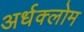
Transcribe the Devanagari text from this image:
अर्धक्लोम